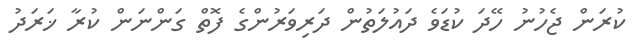
ކުރަން ޖެހުނު ހޭދަ ކުޑަވެ ދައުލަތުން ދަރިވަރުންގެ ފޮތް ގަންނަން ކުރާ ޚަރަދު